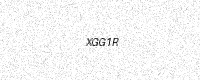
Text: XGG1R